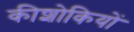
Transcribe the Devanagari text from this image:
कीशोकियों